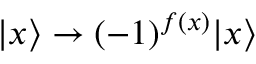
| x \rangle \to ( - 1 ) ^ { f ( x ) } | x \rangle